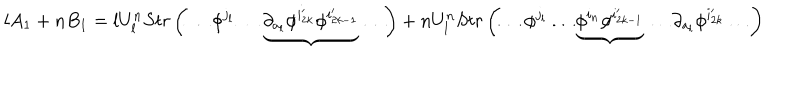
l A _ { 1 } + n B _ { 1 } = l U _ { l } ^ { n } S t r \left( \ldots \phi ^ { j _ { l } } \ldots \underbrace { \partial _ { a _ { l } } \phi ^ { i _ { 2 k } ^ { \prime } } \phi ^ { i _ { 2 k - 1 } ^ { \prime } } } \ldots \right) + n U _ { l } ^ { n } S t r \left( \ldots \phi ^ { j _ { l } } \ldots \underbrace { \phi ^ { i _ { n } } \phi ^ { i _ { 2 k - 1 } ^ { \prime } } } \ldots \partial _ { a _ { l } } \phi ^ { i _ { 2 k } ^ { \prime } } \ldots \right)